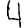
Digit: 4